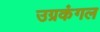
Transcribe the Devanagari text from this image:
उग्रकंगल